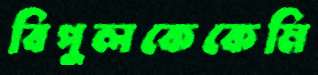
বিপুলকেকেমি